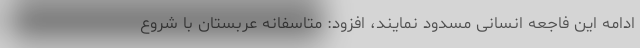
ادامه این فاجعه انسانی مسدود نمایند، افزود: متاسفانه عربستان با شروع